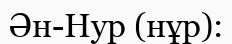
Ән-Нур (нұр):